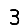
Digit: 3